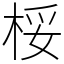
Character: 桵